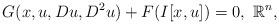
LaTeX: \begin{align*}G(x,u,Du,D^2u)+F(I[x,u])=0,\,\,\mathbb R^n,\end{align*}